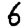
Digit: 6